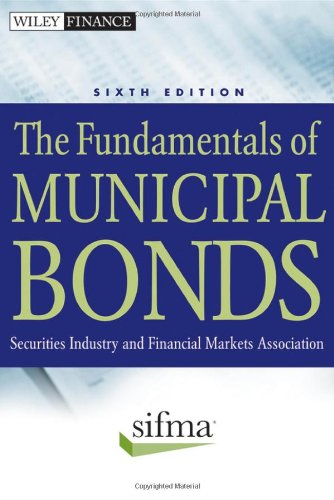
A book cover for The Fundamentals of Municipal Bonds; SIFMA; Business & Money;